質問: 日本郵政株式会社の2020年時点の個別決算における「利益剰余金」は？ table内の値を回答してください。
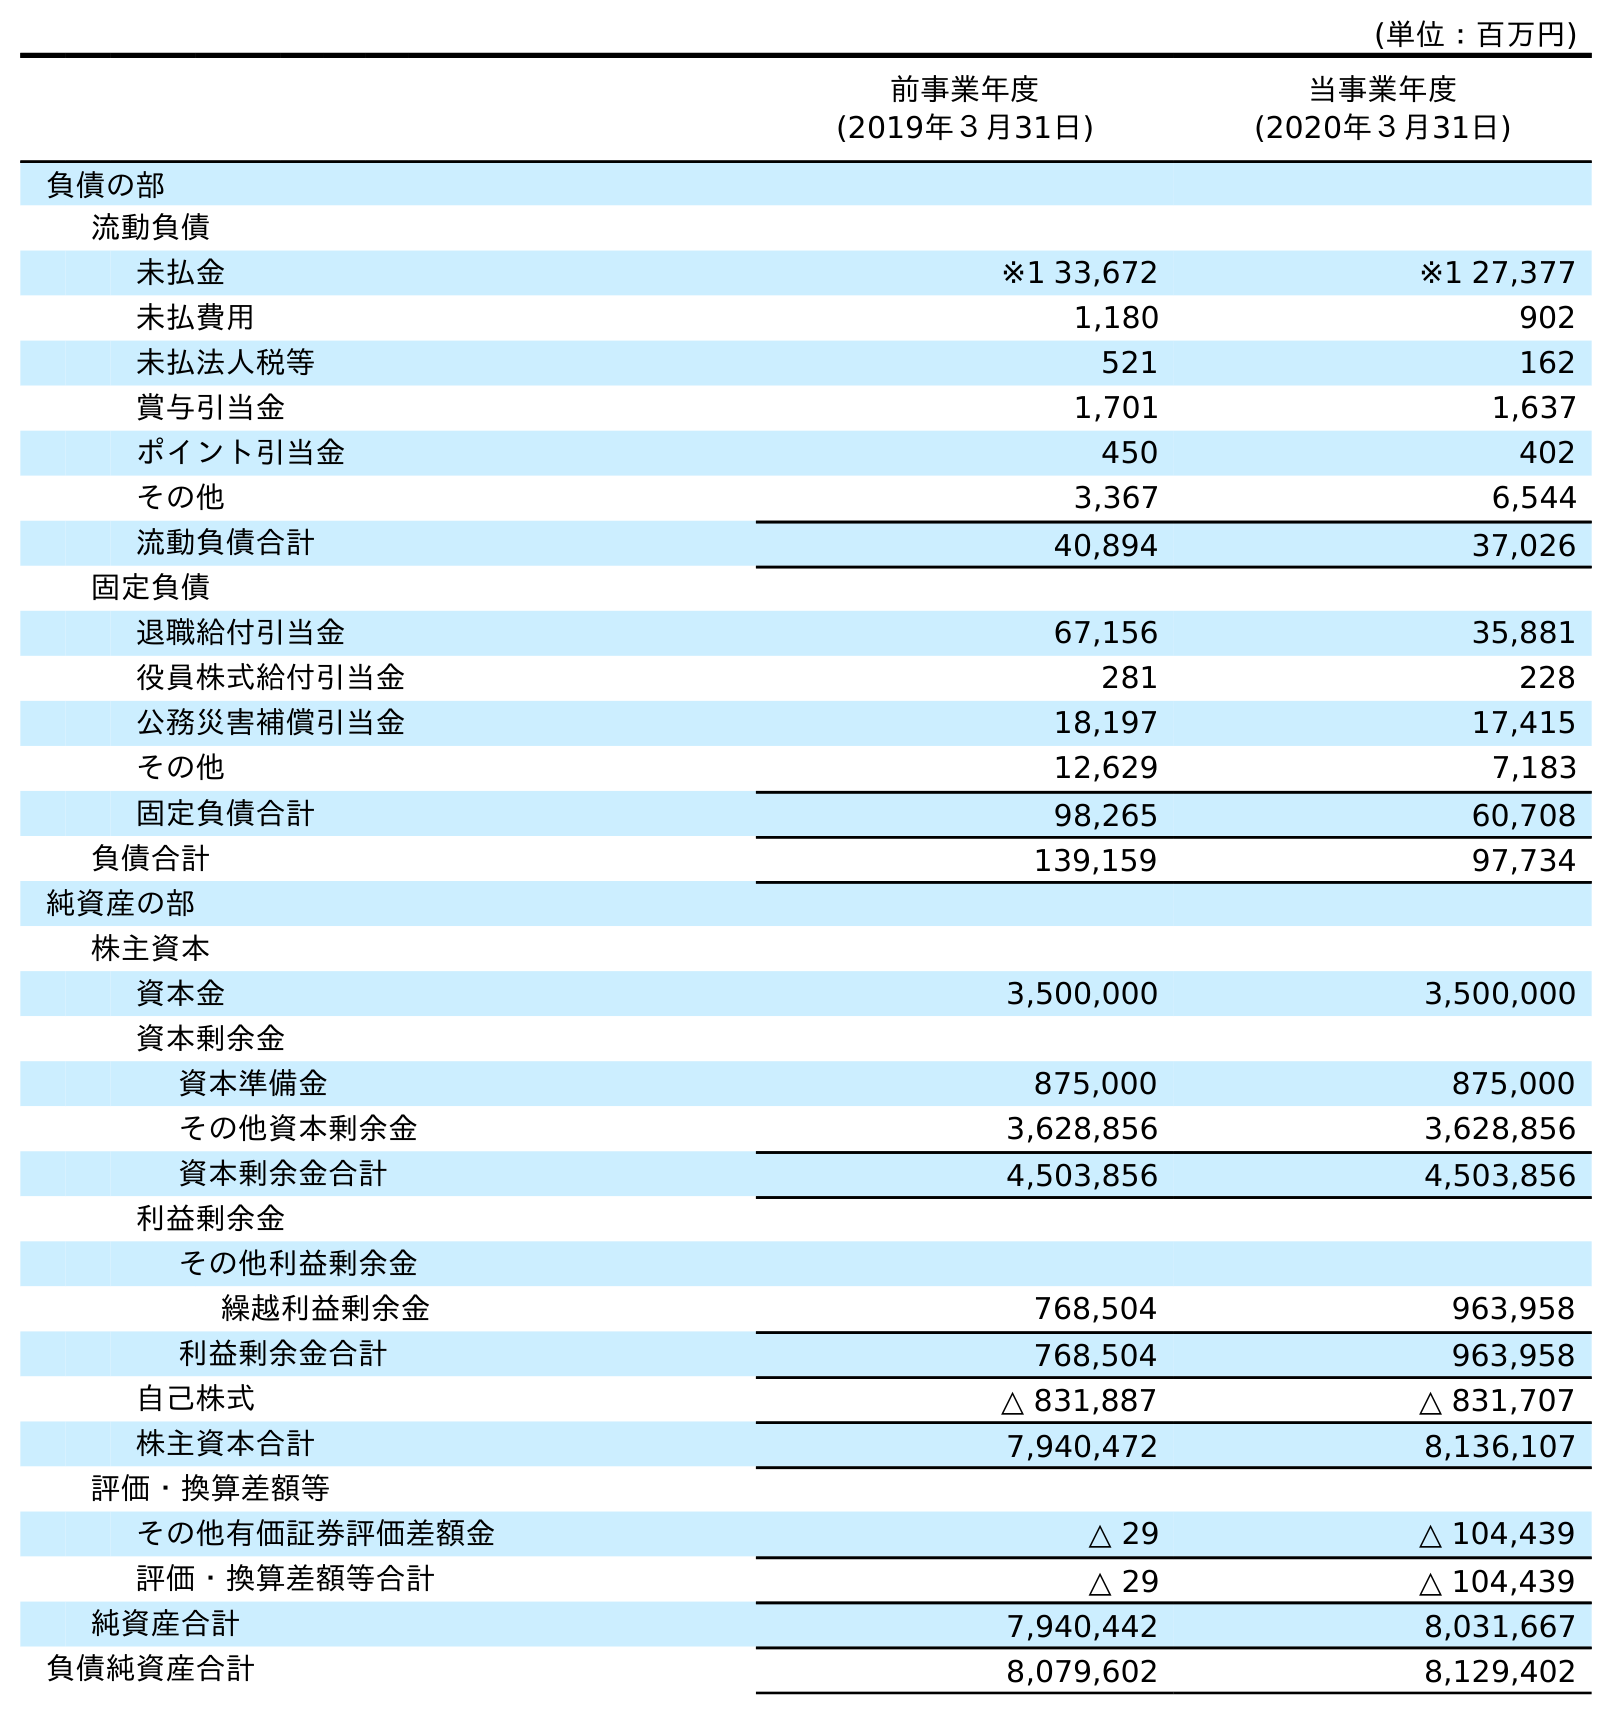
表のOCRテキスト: (単位：百万円) 前事業年度 (2019年３月31日) 当事業年度 (2020年３月31日) 負債の部 流動負債 未払金 ※1 33,672 ※1 27,377 未払費用 1,180 902 未払法人税等 521 162 賞与引当金 1,701 1,637 ポイント引当金 450 402 その他 3,367 6,544 流動負債合計 40,894 37,026 固定負債 退職給付引当金 67,156 35,881 役員株式給付引当金 281 228 公務災害補償引当金 18,197 17,415 その他 12,629 7,183 固定負債合計 98,265 60,708 負債合計 139,159 97,734 純資産の部 株主資本 資本金 3,500,000 3,500,000 資本剰余金 資本準備金 875,000 875,000 その他資本剰余金 3,628,856 3,628,856 資本剰余金合計 4,503,856 4,503,856 利益剰余金 その他利益剰余金 繰越利益剰余金 768,504 963,958 利益剰余金合計 768,504 963,958 自己株式 △ 831,887 △ 831,707 株主資本合計 7,940,472 8,136,107 評価・換算差額等 その他有価証券評価差額金 △ 29 △ 104,439 評価・換算差額等合計 △ 29 △ 104,439 純資産合計 7,940,442 8,031,667 負債純資産合計 8,079,602 8,129,402
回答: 963,958